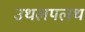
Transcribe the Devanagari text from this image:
उथलपलथ